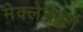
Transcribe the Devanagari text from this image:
मेक्लेनबर्ग